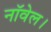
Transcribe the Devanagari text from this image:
नाॅवेल।